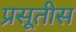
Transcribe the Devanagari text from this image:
प्रसूतीस